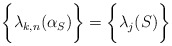
\begin{align*}\bigg\{ \lambda_{k,n}(\alpha_S) \bigg\} = \bigg\{ \lambda_j(S) \bigg\}\end{align*}